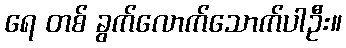
ရေ တစ် ခွက်လောက်သောက်ပါဦး။